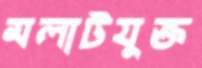
মলাটযুক্ত